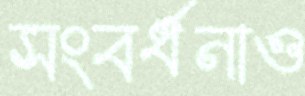
সংবর্ধনাও